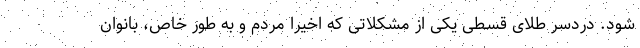
شود. دردسر طلای قسطی یکی از مشکلاتی که اخیرا مردم و به طور خاص، بانوان